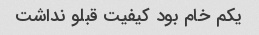
یکم خام بود کیفیت قبلو نداشت